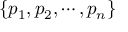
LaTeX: \{ p _ { 1 } , p _ { 2 } , \cdots , p _ { n } \}